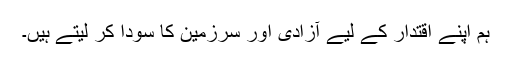
ہم اپنے اقتدار کے لیے آزادی اور سرزمین کا سودا کر لیتے ہیں۔